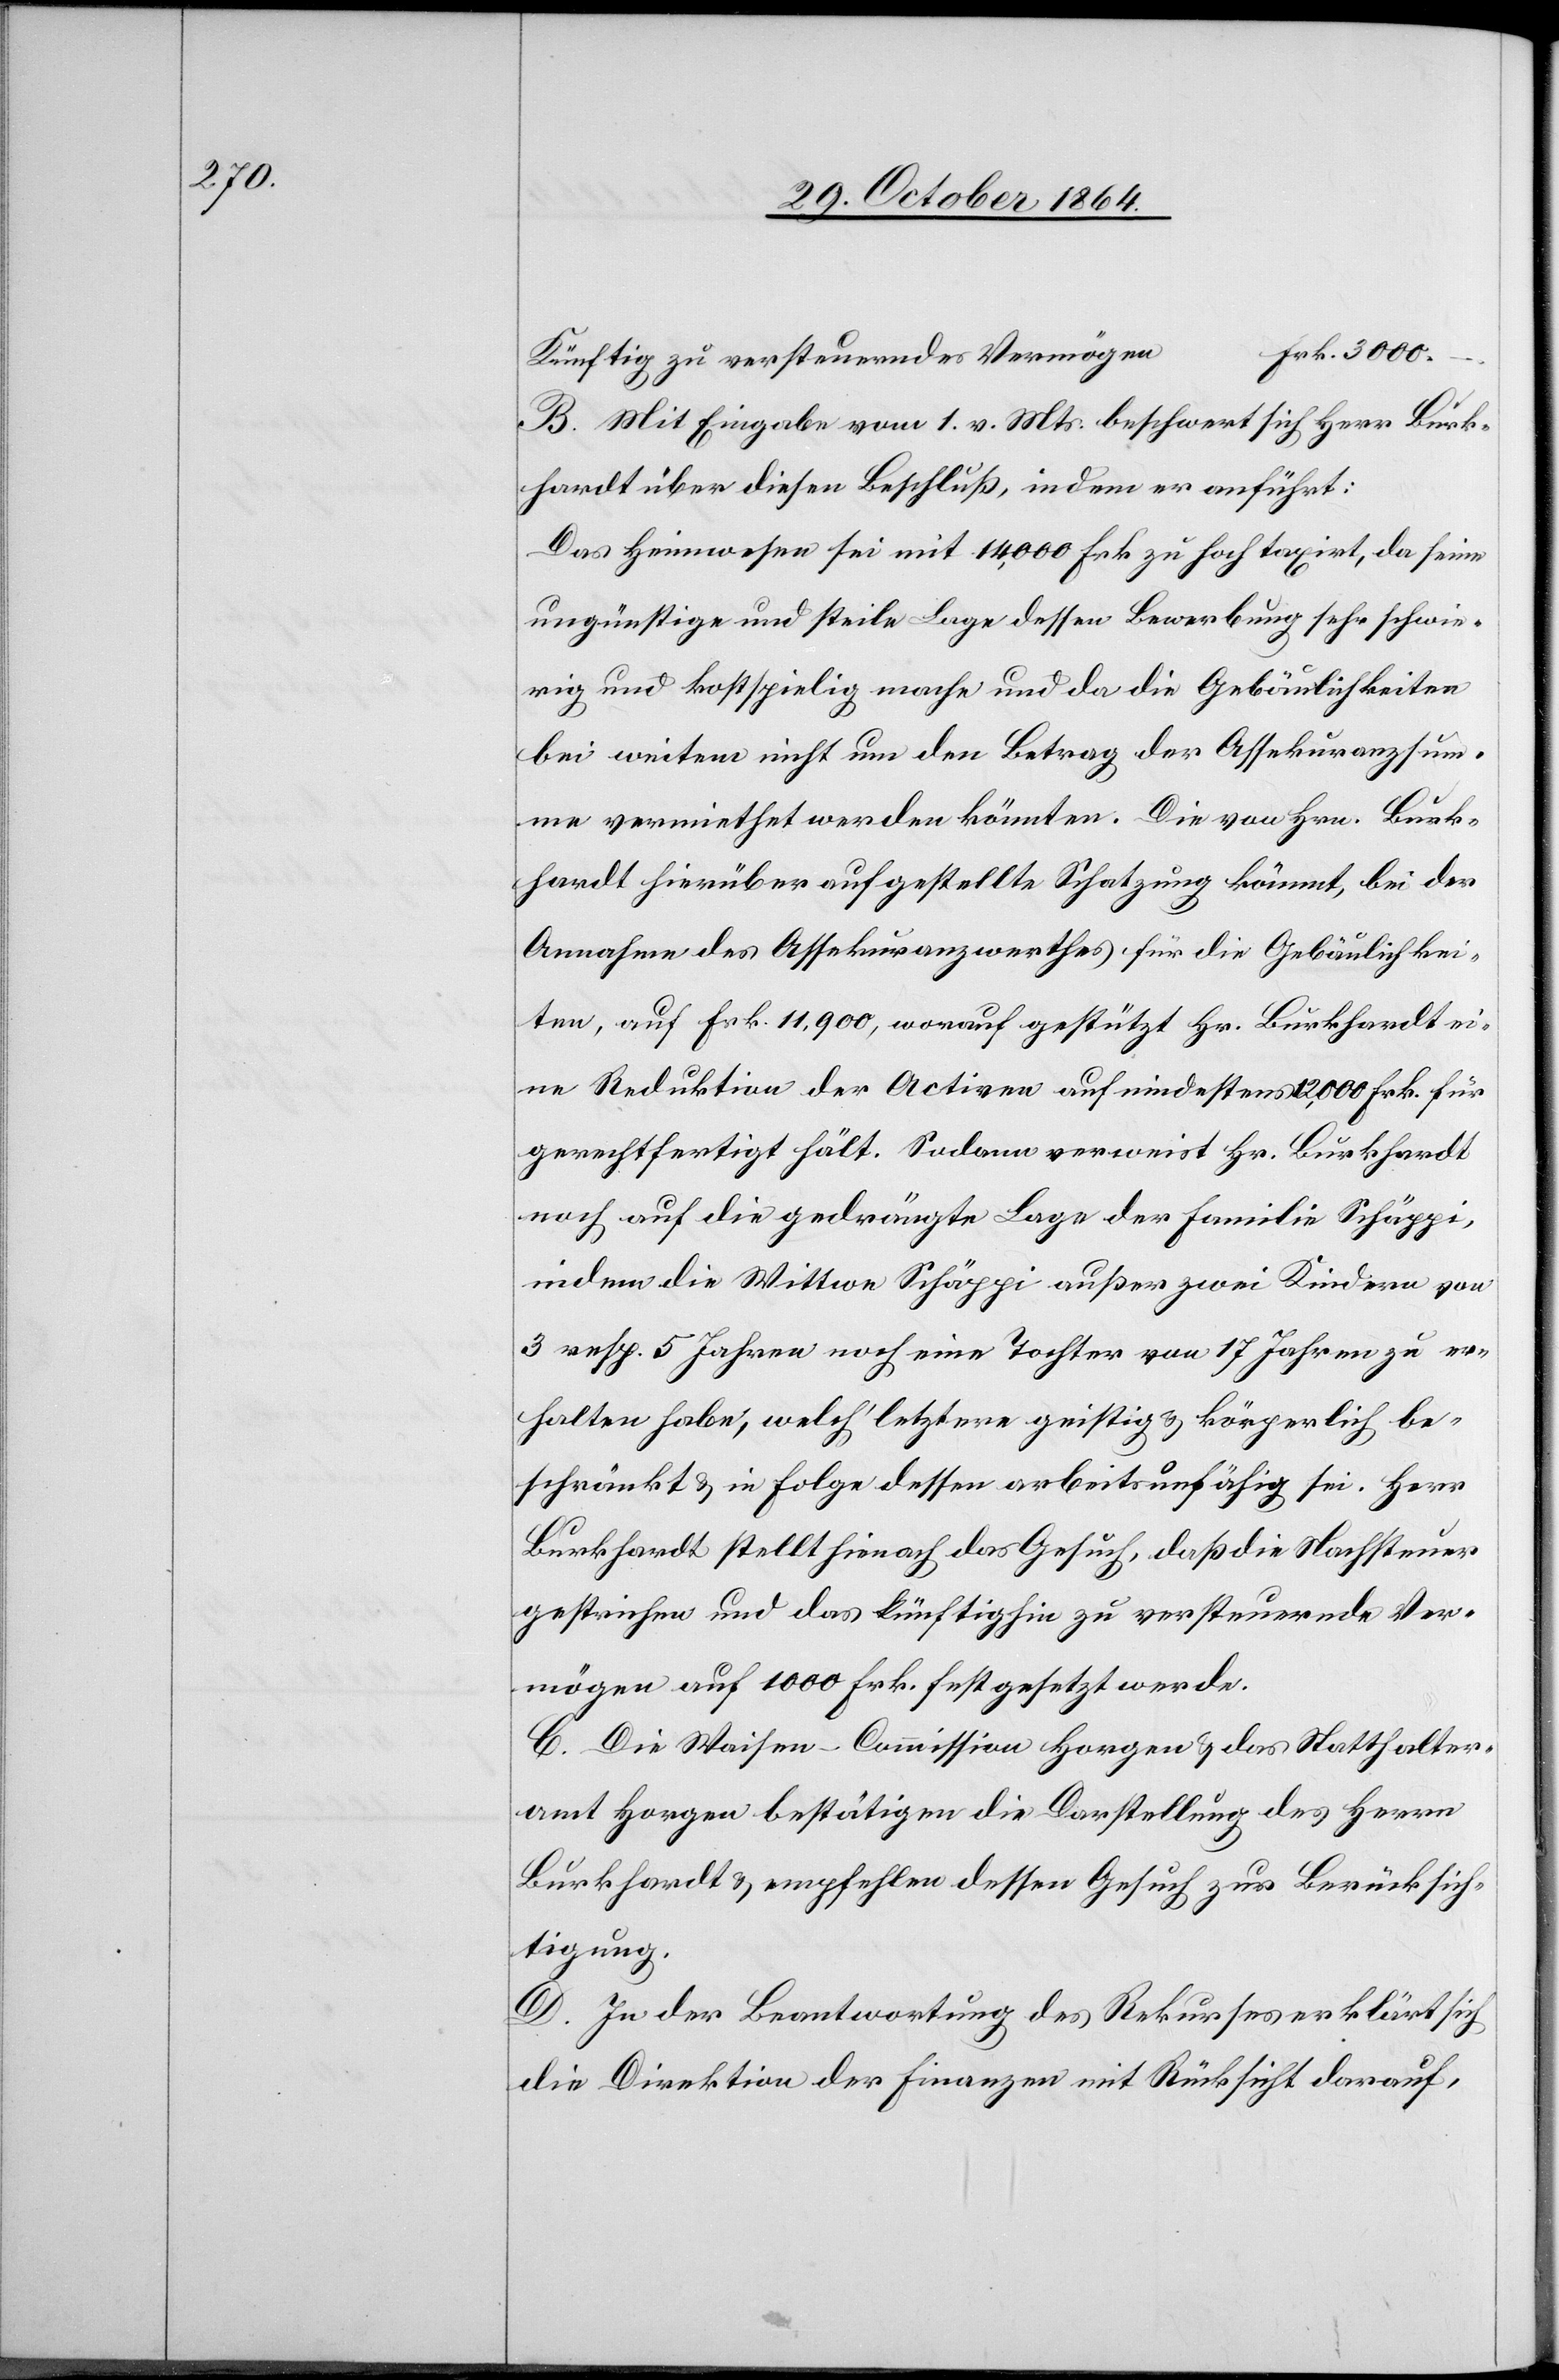
3000.

Künftig zu versteuerndes Vermögen
B. Mit Eingabe vom 1. v. Mts. beschwert sich Herr Burk¬
hardt über diesen Beschluß, indem er anführt:
Das Heimwesen sei mit 14,000 Frk. zu hoch taxirt, da seine
ungünstige und steile Lage dessen Bewerbung sehr schwie¬
rig und kostspielig mache und da die Gebäulickeiten
bei weitem nicht um den Betrag der Assekuranzsum¬
me vermiethet werden könnten. Die von Hrn. Burk¬
hardt hierüber aufgestellte Schatzung kömmt, bei der
Annahme des Assekuranzwerthes für die Gebäulichkei¬
ten, auf Frk. 11,900, worauf gestützt Hr. Burkhardt ei¬
ne Reduktion der Activen auf mindestens 12,000 Frk. für
gerechtfertigt hält. Sodann verweist Hr. Burkhardt
noch auf die gedrängte Lage der Familie Schäppi,
indem die Wittwe Schäppi außer zwei Kindern von
3 resp. 5 Jahren noch eine Tochter von 17 Jahren zu er¬
halten habe, welch’ letztere geistig & körperlich be¬
schränkt & in Folge dessen arbeitsunfähig sei. Herr
Burkhardt stellt hienach das Gesuch, daß die Nachsteuer
gestrichen und das künftighin zu versteuernde Ver¬
mögen auf 1000 Frk. festgesetzt werde.
C. Die Waisen-Commission Horgen & das Statthalter¬
amt Horgen bestätigen die Darstellung des Herrn
Burkhardt & empfehlen dessen Gesuch zur Berücksich¬
tigung.
D. In der Beantwortung des Rekurses erklärt sich
die Direktion der Finanzen mit Rücksicht darauf,